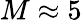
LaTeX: M\approx 5